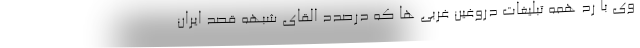
وی با رد همه تبلیغات دروغین غربی ها که درصدد القای شبهه قصد ایران